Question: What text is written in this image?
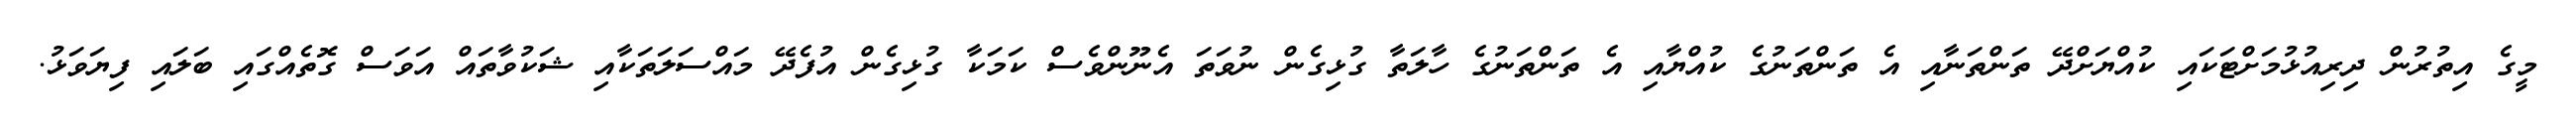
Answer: މީގެ އިތުރުން ދިރިއުޅުމަށްޓަކައި ކުއްޔަށްދޭ ތަންތަނާއި އެ ތަންތަނުގެ ކުއްޔާއި އެ ތަންތަނުގެ ހާލަތާ ގުޅިގެން ނުވަތަ އެނޫންވެސް ކަމަކާ ގުޅިގެން އުފެދޭ މައްސަލަތަކާއި ޝަކުވާތައް އަވަސް ގޮތެއްގައި ބަލައި ފިޔަވަޅު.